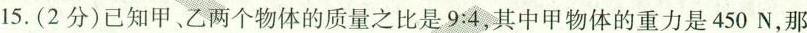
15.(2分)已知甲、乙两个物体的质量之比是9:4，其中甲物体的重力是450N，那